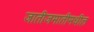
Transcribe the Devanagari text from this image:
जातीजमातीमधील